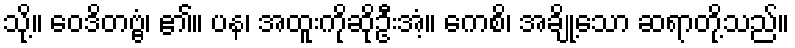
သို့။ ဝေဒိတဗ္ဗံ၊ ၏။ ပန၊ အထူးကိုဆိုဦးအံ့။ ကေစိ၊ အချို့သော ဆရာတို့သည်။